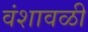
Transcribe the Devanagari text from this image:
वंशावळी